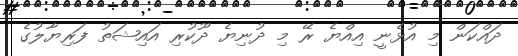
ދައްކަން މި އުޅެނީ އިއްޔެ ރޭ މި ދުނިޔެ ދޫކުރި އައިޝަތު ފަރިޔާލުގެ